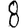
Digit: 8